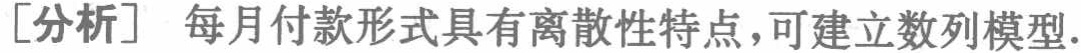
[分析] 每月付款形式具有离散性特点，可建立数列模型.